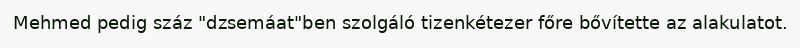
Mehmed pedig száz "dzsemáat"ben szolgáló tizenkétezer főre bővítette az alakulatot.